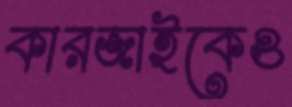
কারজাইকেও